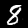
Label: 8